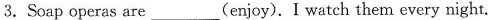
3.Soap operas are___(enjoy). I watch them every night.